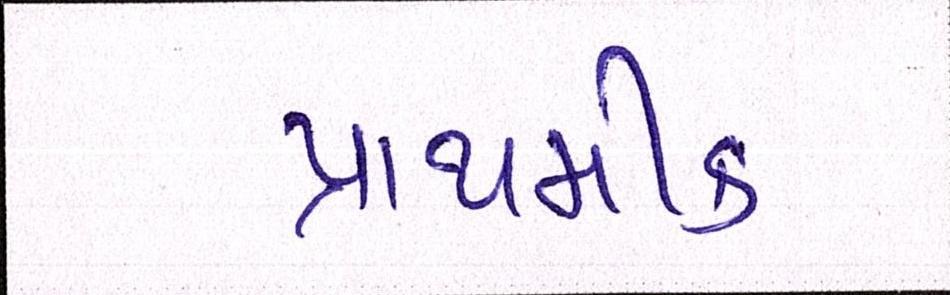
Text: પ્રાથમીક